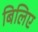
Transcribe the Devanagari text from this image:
बिलिए